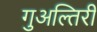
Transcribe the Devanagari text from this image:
गुअल्तिरी